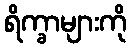
ရိက္ခာများကို